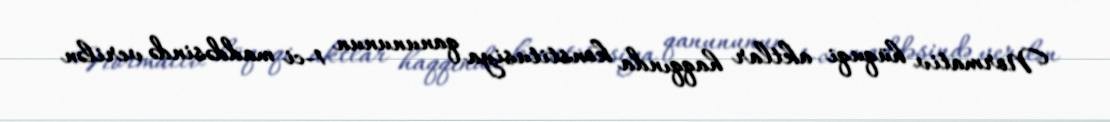
Normativ hüquqi aktlar haqqında konstitusiya qanununun 1-ci maddəsində verilən